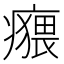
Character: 𤺸